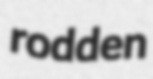
rodden